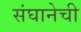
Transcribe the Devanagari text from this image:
संघानेची